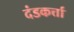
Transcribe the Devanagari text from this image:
दंडकर्त्ता